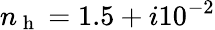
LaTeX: n_{\mathrm{~h~}}=1.5+i10^{-2}